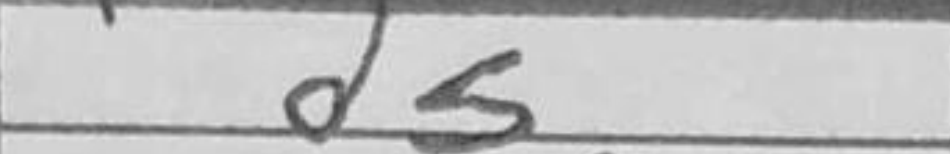
Transcription: d5